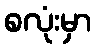
စလုံးမှာ